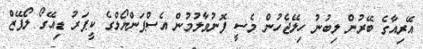
އޭރިއާގެ ބޭރުން ލިބުނު ހިލޭޖެހުން މެސީ ފޮނުވާލުމުން އެސްޕަންޔޯލްގެ ކީޕަރު ޑިއޭގޯ ލޯޕޭޒް